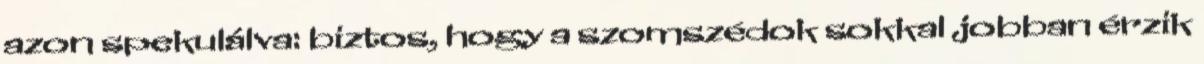
azon spekulálva: biztos, hogy a szomszédok sokkal jobban érzik